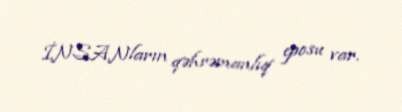
İNSANların qəhrəmanlıq eposu var.